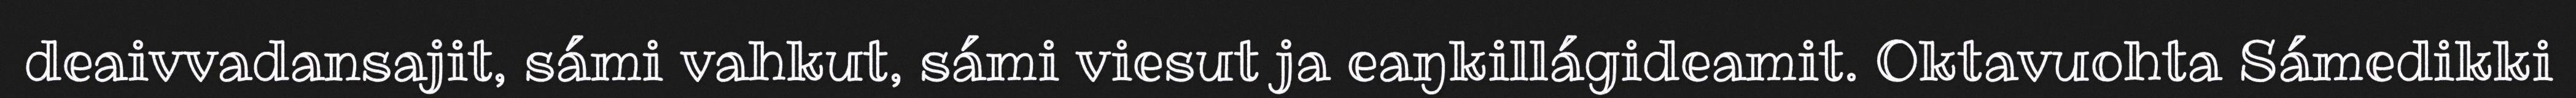
deaivvadansajit, sámi vahkut, sámi viesut ja eaŋkillágideamit. Oktavuohta Sámedikki